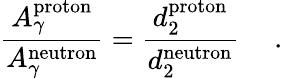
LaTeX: {\frac{A_{\gamma}^{\mathrm{proton}}}{A_{\gamma}^{\mathrm{neutron}}}}={\frac{d_{2}^{\mathrm{proton}}}{d_{2}^{\mathrm{neutron}}}}~~~~~.